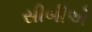
સીબીએ